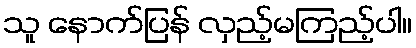
သူ နောက်ပြန် လှည့်မကြည့်ပါ။